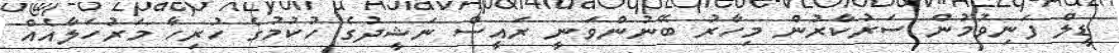
ޑީލް ފަނިވުމުން ސަރުކާރުން މިހާރު ބޭނުންވަނީ ރައީސް ނަޝީދުގެ ހުކުމުގެ ހުރިހާ މަރުހަލާއެއް